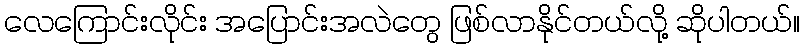
လေကြောင်းလိုင်း အပြောင်းအလဲတွေ ဖြစ်လာနိုင်တယ်လို့ ဆိုပါတယ်။